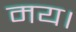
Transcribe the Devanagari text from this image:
मय।